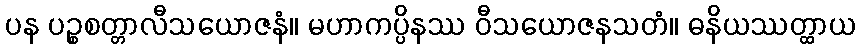
ပန ပဉ္စစတ္တာလီသယောဇနံ။ မဟာကပ္ပိနဿ ဝီသယောဇနသတံ။ ဓနိယဿတ္ထာယ